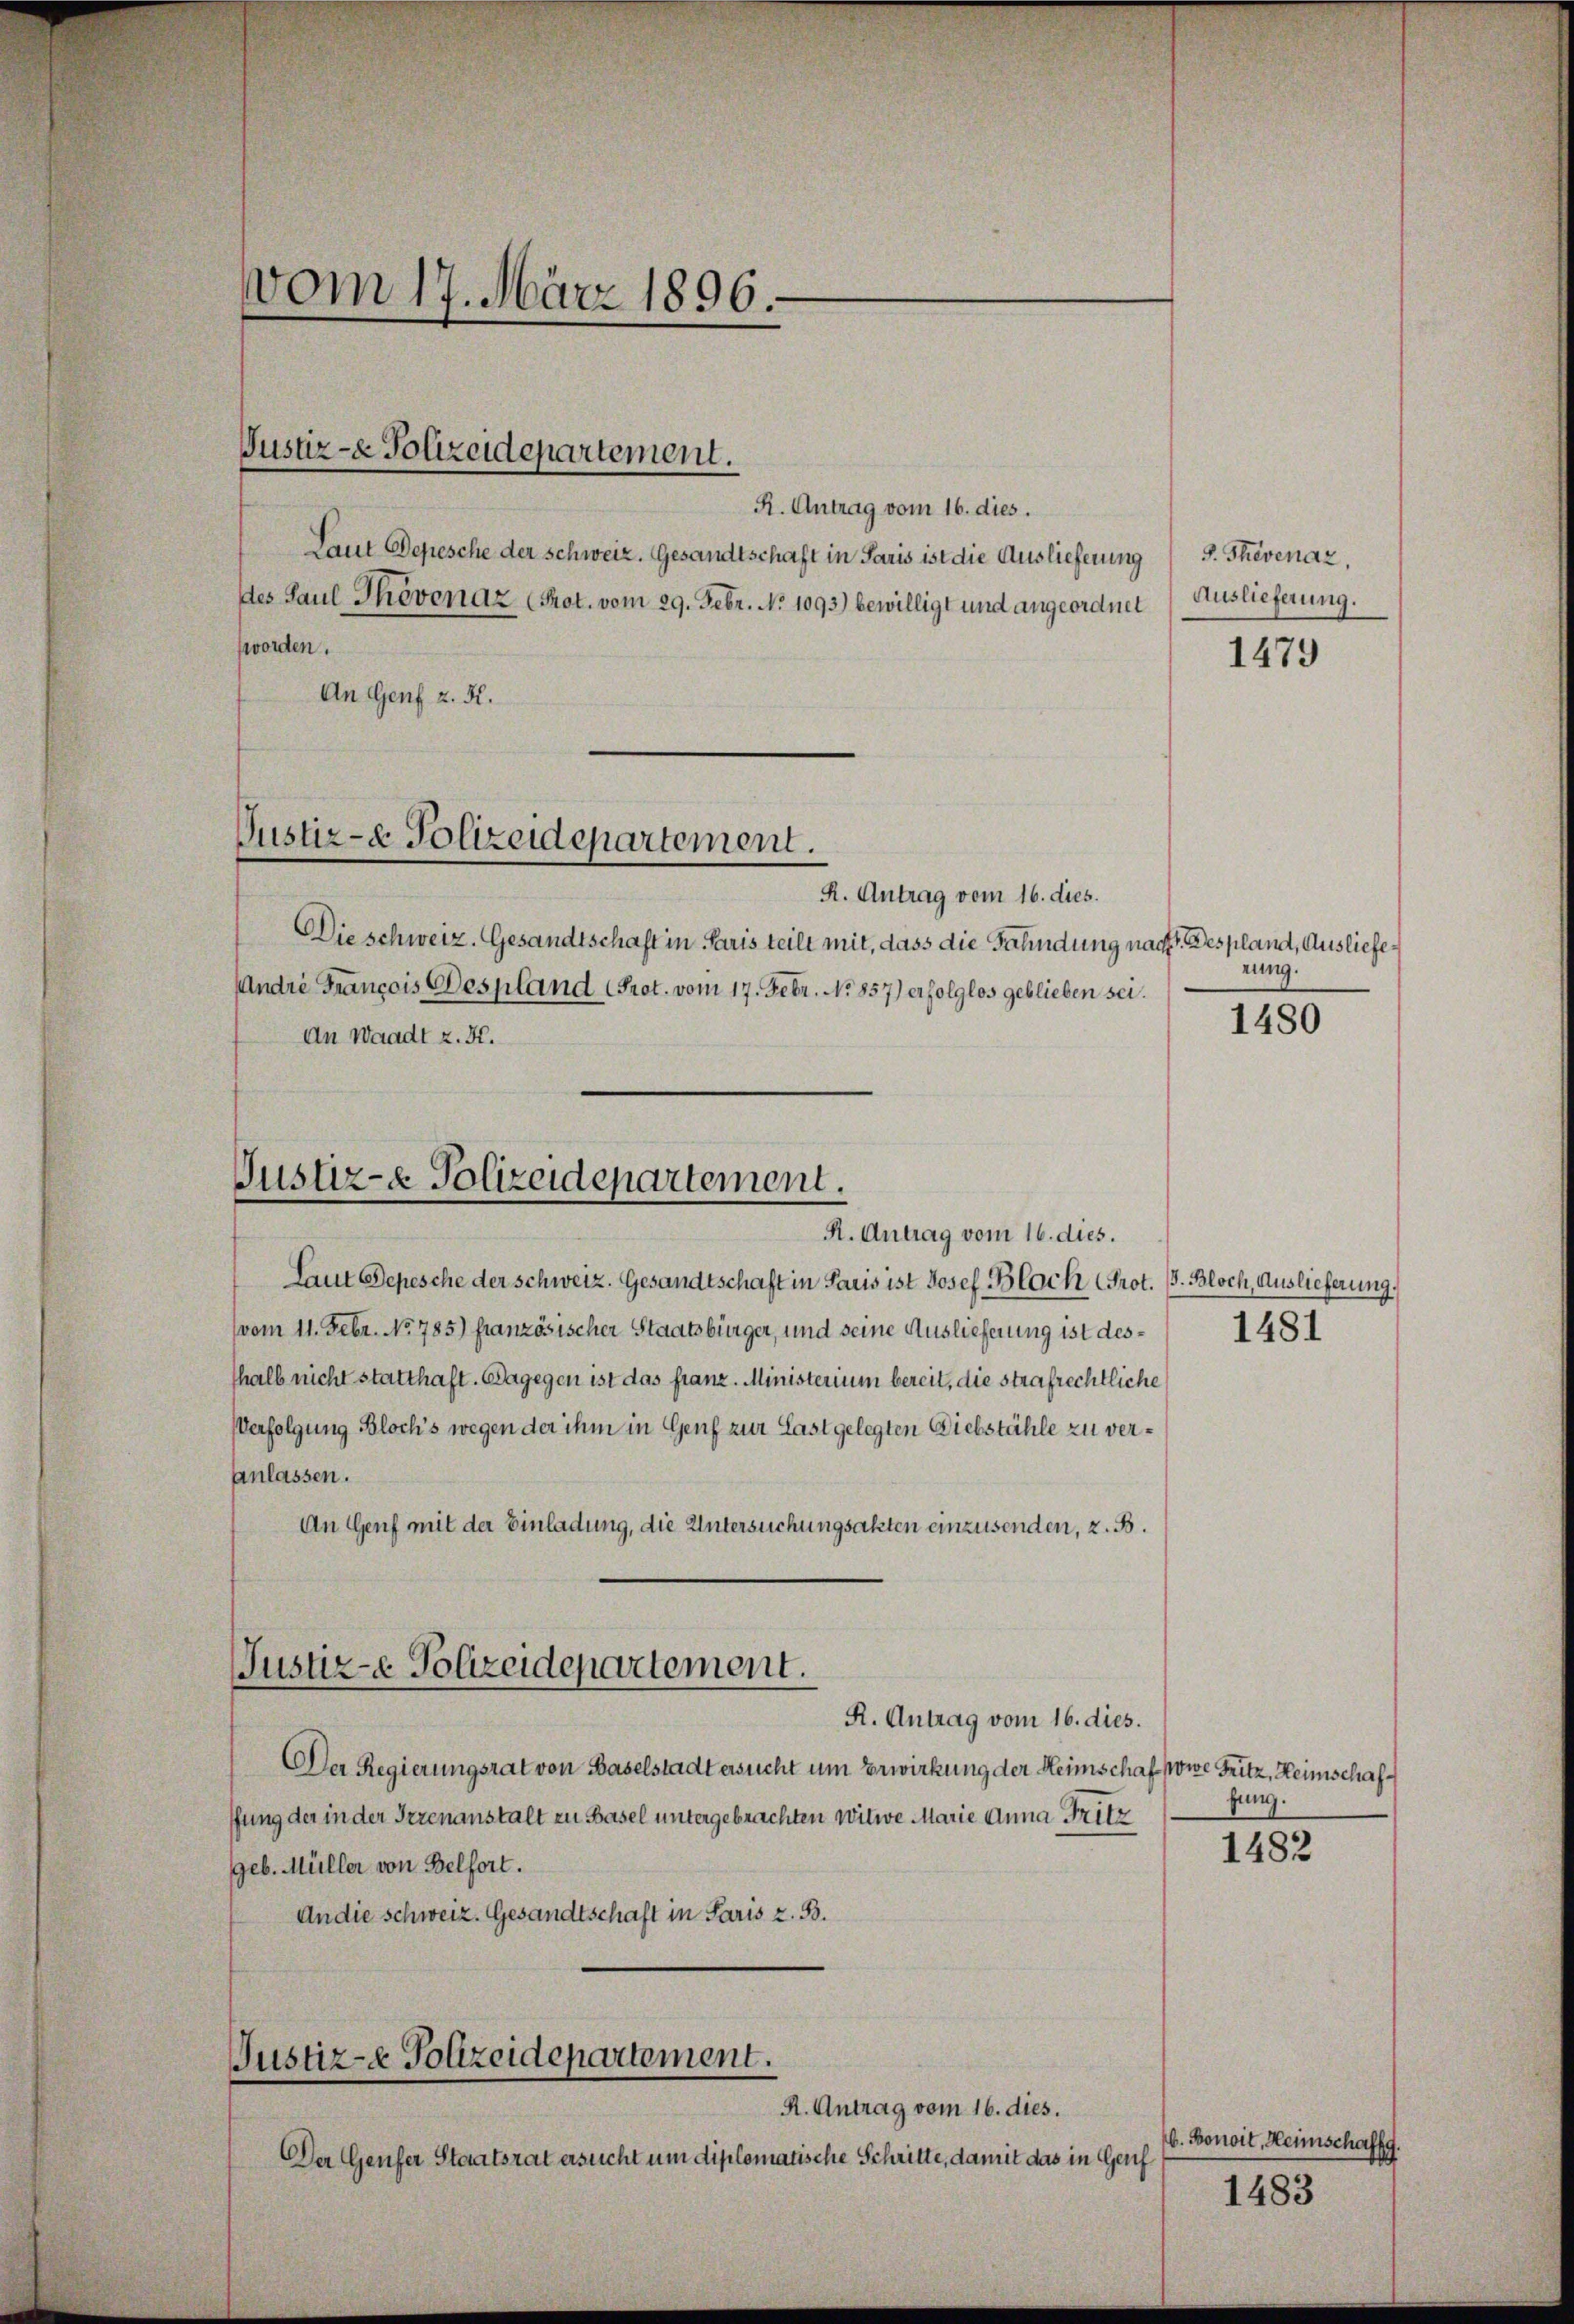
R. Antrag vom 16. dies.
Laut Depesche der schweiz. Gesandtschaft in Paris ist die Auslieferung s. Thévenaz,
des Paul Phovenaz (Prot. vom 29. Febr. No 1093) bewilligt und angeordnet
worden.
An Genf z. K.
Justiz- & Polizeidepartement.
R. Antrag vom 16. dies.
Die schweiz. Gesandtschaft in Paris teilt mit, dass die Fahndung nach Despland, Ausliefe¬
Andre François Despland (Prot. vom 17. Febr. No 857) erfolglos geblieben sei.
An Waadt z. B.

Justiz- & Polizeidepartement.

vom 17. März 1896.

Justiz- & Polizeidepartement.
R. Antrag vom 16. dies.

Laut Depesche der Schweiz. Gesandtschaft in Paris ist Josef Bloch Prot. (s. Bloch, Auslieferung
vom 11. Febr. No. 785) französischer Staatsbürger, und seine Auslieferung ist deshalb nicht statthaft. Dagegen ist das franz. Ministerium bereit, die strafrechtliche
Verfolgung Block’s wegen der ihm in Genf zur Last gelegten Diebstähle zu ver¬
Anlassen.
An Genf mit der Einladung, die Untersuchungsakten einzusenden, z. B.
Justiz-e Polizeidepartement.
R. Antrag vom 16. dies.
Der Regierungsrat von Baselstadt ersucht um Erwirkung der Heimschaf sowe Fritz, Heimschafffung der in der Irrenanstalt zu Basel untergebrachten Witwe Marie Anna Fritz
geb. Müller von Belfort.
An die schweiz. Gesandtschaft in Paris z. B.

Justiz-e Polizeidepartement.
R. Antrag vom 16. dies.

Der Genfer Staatsrat ersucht um diplomatische Schritte, damit das in Genf

Auslieferung.

1479

rung.

1480

1481

fung.

1482

b. Bonoit, Heimschaffg.

1483